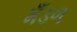
મઁડળ